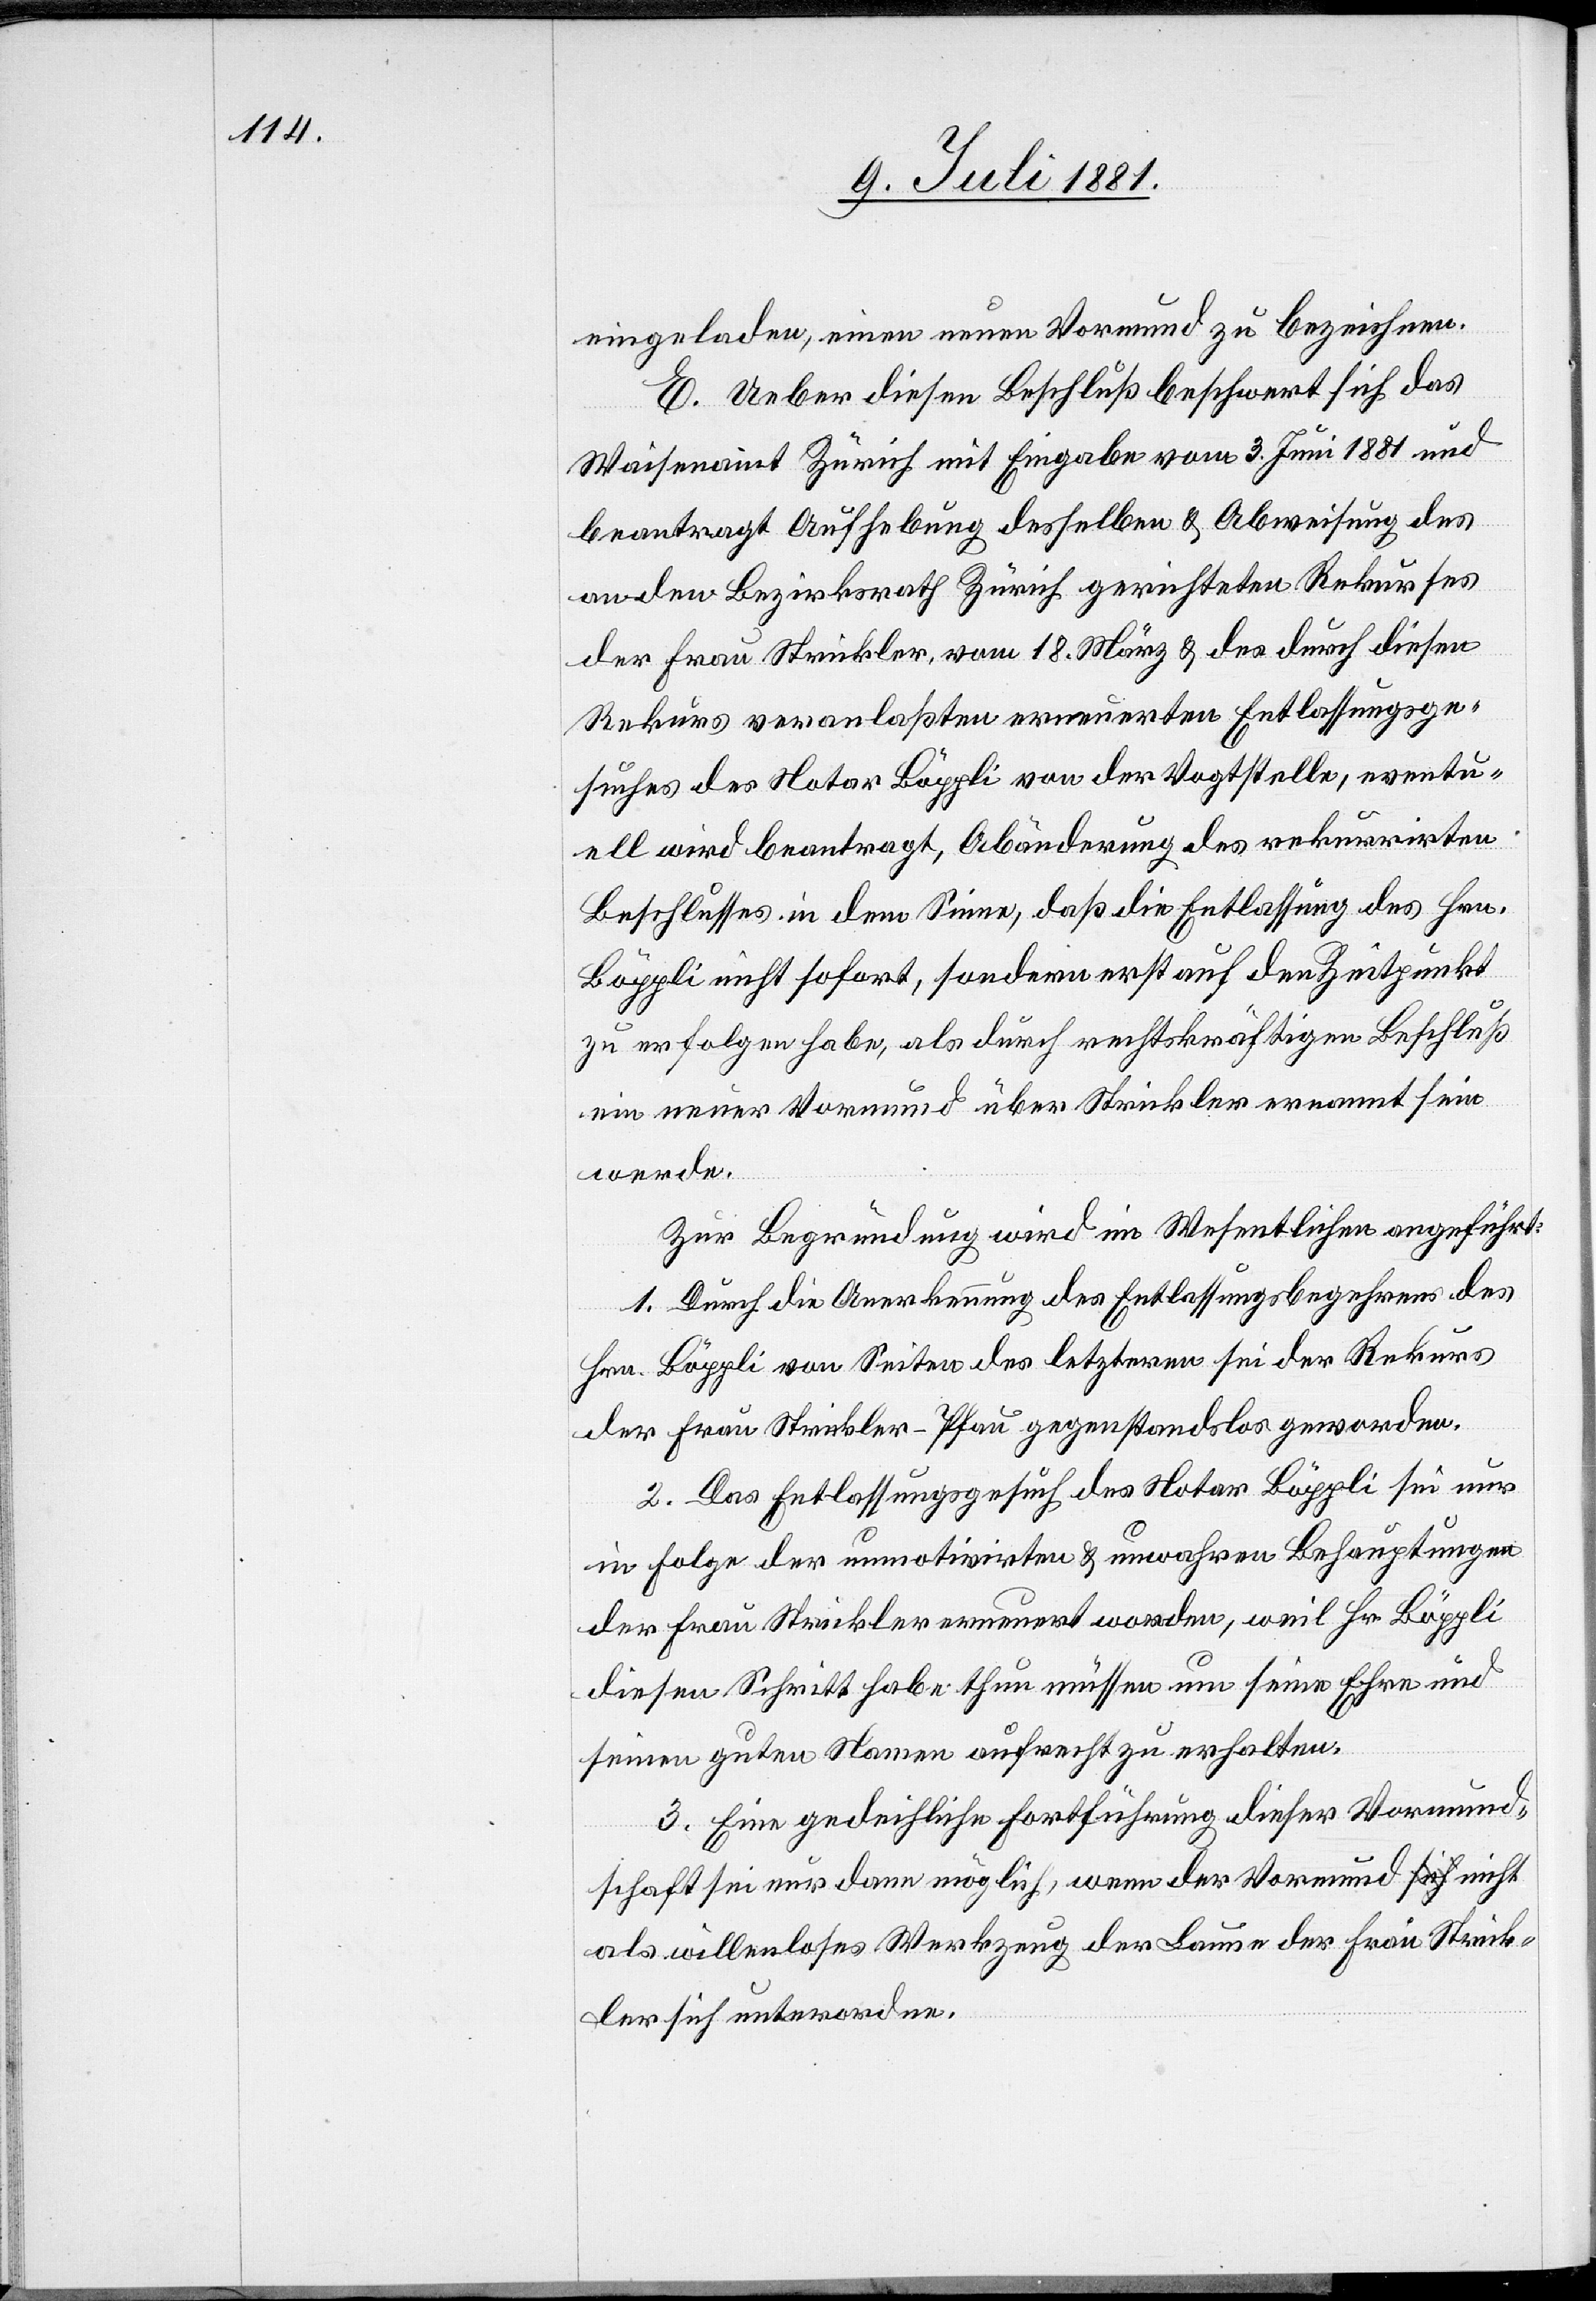
eingeladen, einen neuen Vormund zu bezeichnen.
E. Ueber diesen Beschluß beschwert sich das
Waisenamt Zürich mit Eingabe vom 3. Juni 1881 und
beantragt Aushebung desselben & Abweisung des
an den Bezirksrath Zürich gerichteten Rekurses
der Frau Strickler, vom 18. März & des durch diesen
Rekurs veranlaßten erneuerten Entlassungsge¬
suches des Notar Böppli von der Vogtstelle, eventu¬
ell wird beantragt, Abänderung des rekurrirten
Beschlusses in dem Sinne, daß die Entlassung des Hrn.
Böppli nicht sofort, sondern erst auf den Zeitpunkt
zu erfolgen habe, als durch rechtskräftigen Beschluß
ein neuer Vormund über Strickler ernannt sein
werde.
Zur Begründung wird im Wesentlichen angeführt:
1. Durch die Anerkennung des Entlassungsbegehrens des
Hrn. Böppli von Seiten des letzteren sei der Rekurs
der Frau Strickler-Pfau gegenstandslos geworden.
2. Das Entlassungsgesuch des Notar Böppli sei nur
in Folge der unmotivirten & unwahren Behauptungen
der Frau Strickler erneuert worden, weil Hr. Böppli
diesen Schritt habe thun müssen um seine Ehre und
seinen guten Namen aufrecht zu erhalten.
3. Eine gedeihliche Fortführung dieser Vormund¬
schaft sei nur dann möglich, wenn der Vormund nicht
als willenloses Werkzeug der Launen der Frau Strick¬
ler sich unterordne.